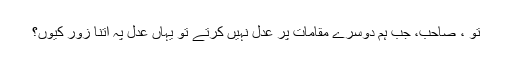
تو ، صاحب، جب ہم دوسرے مقامات پر عدل نہیں کرتے تو یہاں عدل پہ اتنا زور کیوں؟